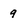
Character: 9